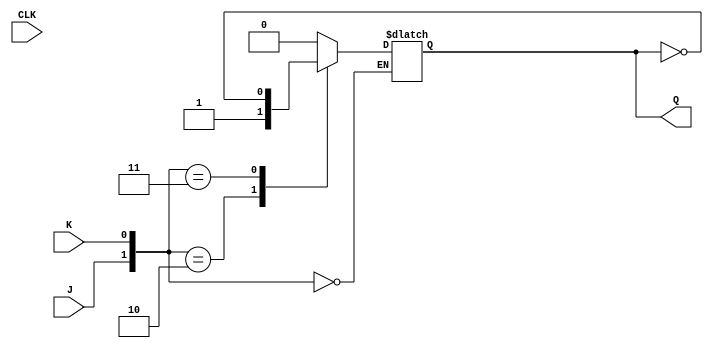
`timescale 1ns / 1ps
//////////////////////////////////////////////////////////////////////////////////
// Company: 
// Engineer: 
// 
// Design Name: 
// Module Name: Master_slave_jk_ff
// Project Name: 
// Target Devices: 
// Tool Versions: 
// Description: 
// 
// Dependencies: 
// 
// Revision:
// Revision 0.01 - File Created
// Additional Comments:
// 
//////////////////////////////////////////////////////////////////////////////////
module JKFF(Q,J,K,CLK);
input J,K,CLK;
output reg Q;
always @ (CLK)
case({J,K})
2'b00: Q=Q;
2'b01: Q=0;
2'b10: Q=1;
2'b11: Q=~Q;
endcase
endmodule

module SRFF(Q,S,R,CLK);
input S,R,CLK;
output reg Q;
always @ (CLK) begin
case({S,R})
    2'b00: Q=Q;
    2'b01: Q=0;
    2'b10: Q=1;
    2'b11: Q=1'bX;
endcase
end
endmodule



module Master_slave_jk_ff(Q,QM,J,K,CLK);
input J,K,CLK;
output Q,QM;
JKFF master (.Q(QM),.J(J),.K(K),.CLK(CLK));
SRFF slave (.Q(Q),.S(QM),.R(~QM),.CLK(~CLK));
endmodule